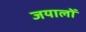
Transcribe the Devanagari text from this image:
जयालों